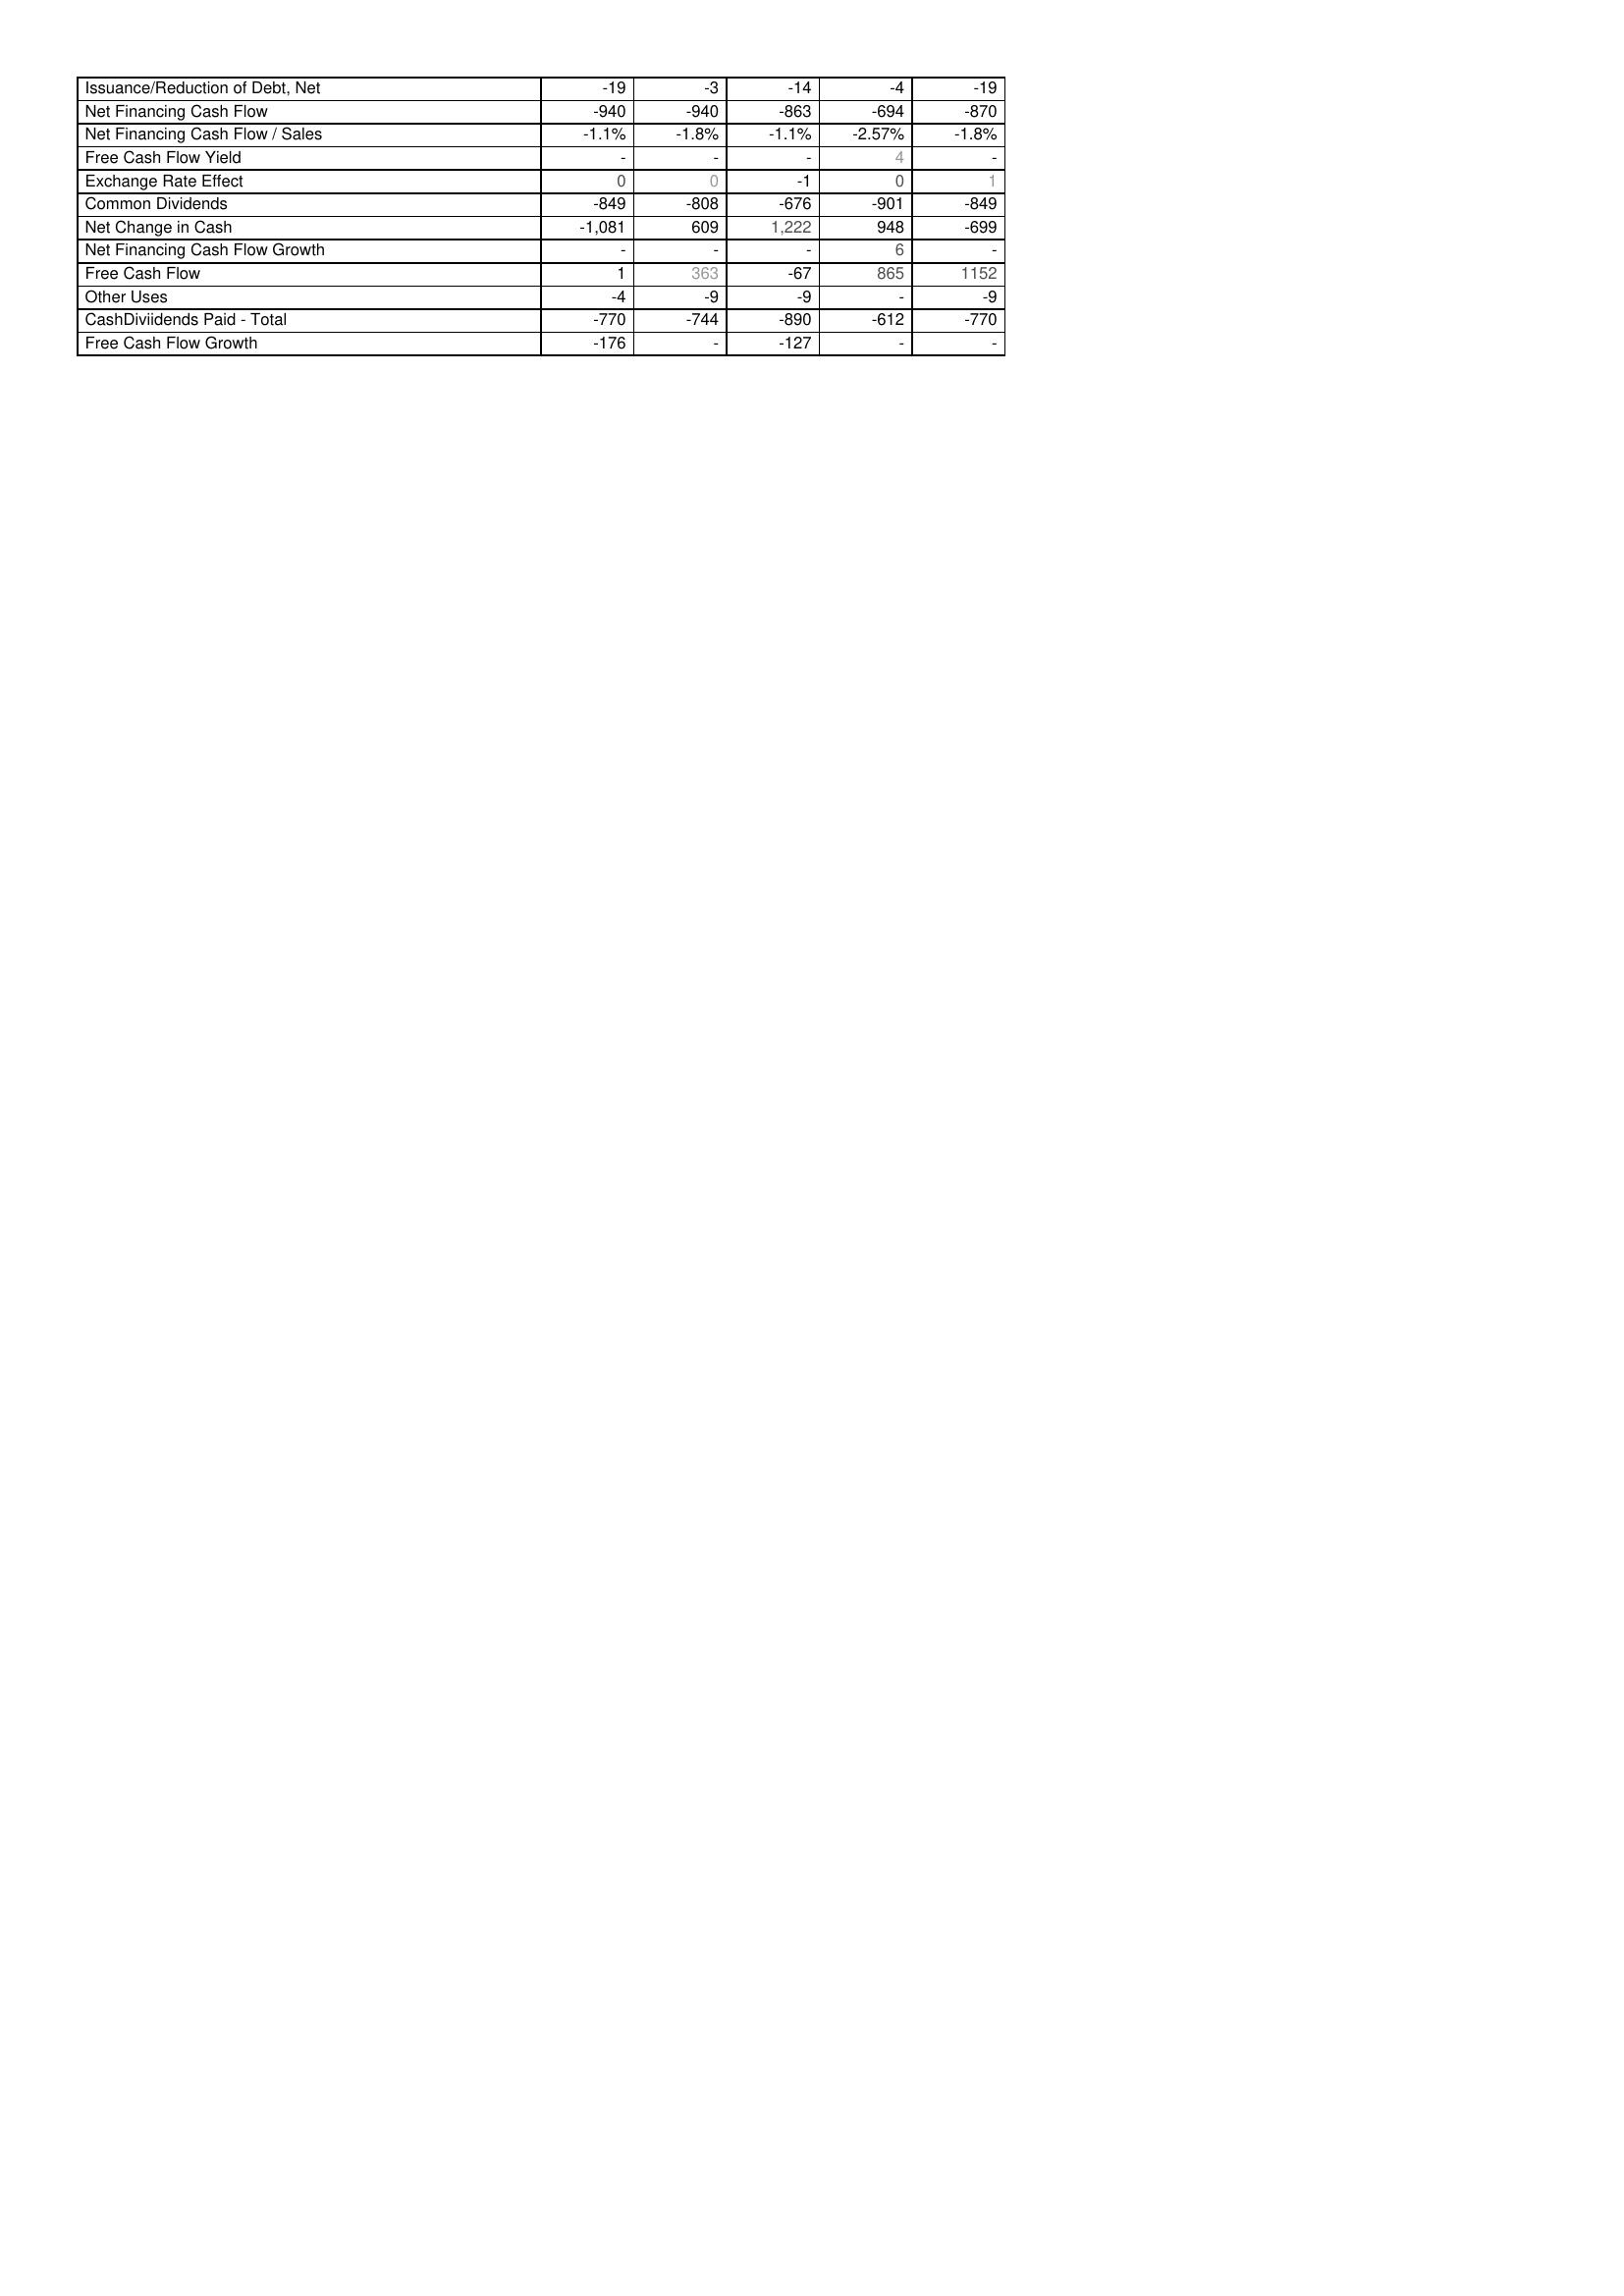
2014: Financing Activities: Issuance/Reduction of Debt, Net: -19
Net Financing Cash Flow: -940
Net Financing Cash Flow / Sales: -1.1%
Free Cash Flow Yield: -
Exchange Rate Effect: 0
Common Dividends: -849
Net Change in Cash: -1,081
Net Financing Cash Flow Growth: -
Free Cash Flow: 1
Other Uses: -4
CashDiviidends Paid - Total: -770
Free Cash Flow Growth: -176
2013: Financing Activities: Issuance/Reduction of Debt, Net: -3
Net Financing Cash Flow: -940
Net Financing Cash Flow / Sales: -1.8%
Free Cash Flow Yield: -
Exchange Rate Effect: 0
Common Dividends: -808
Net Change in Cash: 609
Net Financing Cash Flow Growth: -
Free Cash Flow: 363
Other Uses: -9
CashDiviidends Paid - Total: -744
Free Cash Flow Growth: -
2012: Financing Activities: Issuance/Reduction of Debt, Net: -14
Net Financing Cash Flow: -863
Net Financing Cash Flow / Sales: -1.1%
Free Cash Flow Yield: -
Exchange Rate Effect: -1
Common Dividends: -676
Net Change in Cash: 1,222
Net Financing Cash Flow Growth: -
Free Cash Flow: -67
Other Uses: -9
CashDiviidends Paid - Total: -890
Free Cash Flow Growth: -127
2011: Financing Activities: Issuance/Reduction of Debt, Net: -4
Net Financing Cash Flow: -694
Net Financing Cash Flow / Sales: -2.57%
Free Cash Flow Yield: 4
Exchange Rate Effect: 0
Common Dividends: -901
Net Change in Cash: 948
Net Financing Cash Flow Growth: 6
Free Cash Flow: 865
Other Uses: -
CashDiviidends Paid - Total: -612
Free Cash Flow Growth: -
2010: Financing Activities: Issuance/Reduction of Debt, Net: -19
Net Financing Cash Flow: -870
Net Financing Cash Flow / Sales: -1.8%
Free Cash Flow Yield: -
Exchange Rate Effect: 1
Common Dividends: -849
Net Change in Cash: -699
Net Financing Cash Flow Growth: -
Free Cash Flow: 1152
Other Uses: -9
CashDiviidends Paid - Total: -770
Free Cash Flow Growth: -